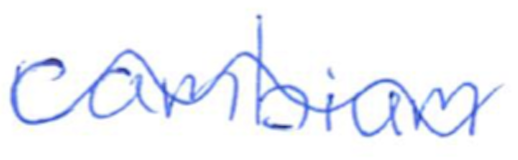
Text: cambium
Cross-out: wave
Writing tool: ballpoint